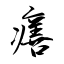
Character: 𤺪